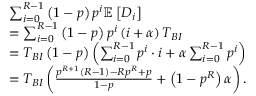
\begin{array} { r l } & { \sum _ { i = 0 } ^ { R - 1 } \left( 1 - p \right) p ^ { i } \mathbb { E } \left[ { D } _ { i } \right] } \\ & { = \sum _ { i = 0 } ^ { R - 1 } \left( 1 - p \right) p ^ { i } \left( i + \alpha \right) T _ { B I } } \\ & { = T _ { B I } \left( 1 - p \right) \left( \sum _ { i = 0 } ^ { R - 1 } p ^ { i } \cdot i + \alpha \sum _ { i = 0 } ^ { R - 1 } p ^ { i } \right) } \\ & { = T _ { B I } \left( \frac { p ^ { R + 1 } \left( R - 1 \right) - R p ^ { R } + p } { 1 - p } + \left( 1 - p ^ { R } \right) \alpha \right) . } \end{array}